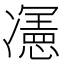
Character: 𭂦